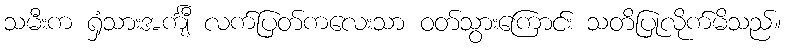
သမီးက ရှံသားအင်္ကျီ လက်ပြတ်ကလေးသာ ဝတ်သွားကြောင်း သတိပြုလိုက်မိသည်။